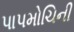
પાપમોચિની